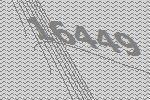
16449